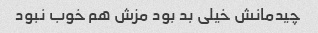
چیدمانش خیلی بد بود مزش هم خوب نبود